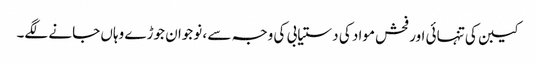
کیبن کی تنہائی اور فحش مواد کی دستیابی کی وجہ سے ، نوجوان جوڑے وہاں جانے لگے۔